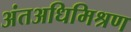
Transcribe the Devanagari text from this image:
अंतअधिमिश्रण